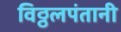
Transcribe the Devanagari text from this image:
विठ्ठलपंतानी